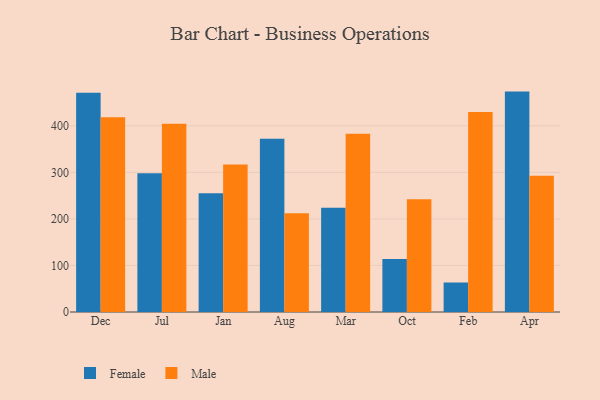
{"axis": {"x": "Month", "y": "Churn Rate (%)"}, "legend": ["Female", "Male"], "data": [{"x": "Dec", "y": 471.2, "type": "Female"}, {"x": "Dec", "y": 418.6, "type": "Male"}, {"x": "Jul", "y": 297.9, "type": "Female"}, {"x": "Jul", "y": 404.6, "type": "Male"}, {"x": "Jan", "y": 255.4, "type": "Female"}, {"x": "Jan", "y": 316.7, "type": "Male"}, {"x": "Aug", "y": 372.2, "type": "Female"}, {"x": "Aug", "y": 212.3, "type": "Male"}, {"x": "Mar", "y": 224.1, "type": "Female"}, {"x": "Mar", "y": 383.2, "type": "Male"}, {"x": "Oct", "y": 113.9, "type": "Female"}, {"x": "Oct", "y": 242.1, "type": "Male"}, {"x": "Feb", "y": 63.4, "type": "Female"}, {"x": "Feb", "y": 429.8, "type": "Male"}, {"x": "Apr", "y": 473.6, "type": "Female"}, {"x": "Apr", "y": 292.8, "type": "Male"}]}